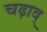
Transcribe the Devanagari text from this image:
चढ़ाव्